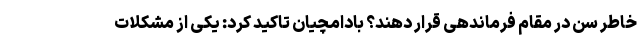
خاطر سن در مقام فرماندهی قرار دهند؟ بادامچیان تاکید کرد: یکی از مشکلات